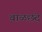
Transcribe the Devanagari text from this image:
बाळछंद